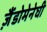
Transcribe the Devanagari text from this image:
ज़ैंडोमेनेघी